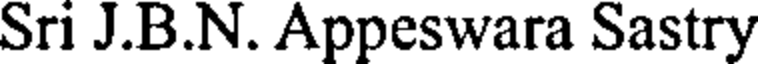
Sri J.B.N. Appeswara Sastry